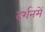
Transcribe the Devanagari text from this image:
दर्शनमें